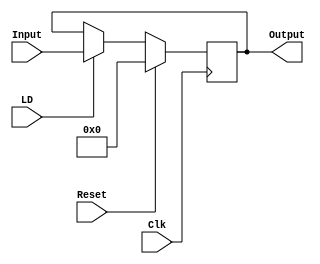
`timescale 1ns / 1ps
//////////////////////////////////////////////////////////////////////////////////
// Company: 
// Engineer: 
// 
// Design Name: 
// Module Name: RegistroCorrelacion
// Project Name: 
// Target Devices: 
// Tool Versions: 
// Description: 
// 
// Dependencies: 
// 
// Revision:
// Revision 0.01 - File Created
// Additional Comments:
// 
//////////////////////////////////////////////////////////////////////////////////


module RegistroCorrelacion(Clk, Reset, LD, Input, Output);
    input Clk, Reset;
    input LD;
    input[10:0] Input;
    output reg[10:0] Output;
    
    always @(posedge Clk)
        if(Reset)
            Output=11'd0;
        else if(LD)
            Output=Input;
        else
            Output=Output;

endmodule